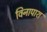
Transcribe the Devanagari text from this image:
विनापाश